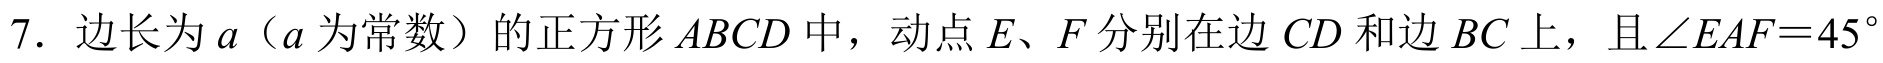
7. 边长为 \(a\)（\(a\) 为常数）的正方形 \(ABCD\) 中，动点 \(E、F\) 分别在边 \(CD\) 和边 \(BC\) 上，且 \(\angle EAF = 45^{\circ}\)